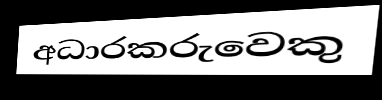
අධාරකරුවෙකු